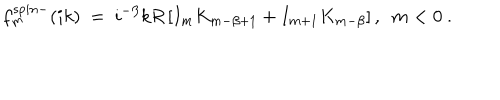
f _ { m } ^ { s p i n - } ( i k ) \ = \ i ^ { - \beta } k R \left[ I _ { m } K _ { m - \beta + 1 } + I _ { m + 1 } K _ { m - \beta } \right] , \ \ m < 0 \ .